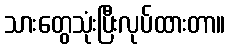
သားတွေသုံးပြီးလုပ်ထားတာ။